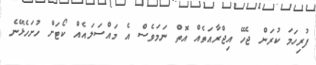
ފުރިހަމަ ކުރަން ޖެހޭ އިޖްރާއަތެއް އޮތް ނަމަވެސް އެ މައްސަލައެއް ކޯޓަށް ހުށަހެޅޭނެ